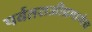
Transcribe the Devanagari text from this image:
पर्वतराजीप्रमाणेच